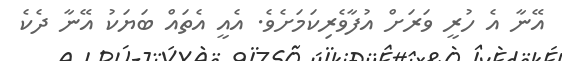
އޭނާ އެ ހުރީ ވަރަށް އުފާވެރިކަމަށެވެ. އެއީ އެތައް ބަޔަކު އޭނާ ދެކެ